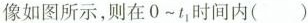
像如图所示，则在0~t_{1}时间内（）